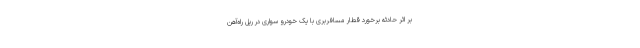
بر اثر حادثه برخورد قطار مسافربری با یک خودرو سواری در ریل راه‌آهن